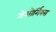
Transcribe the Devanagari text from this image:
गेओर्गिक्स